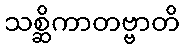
သစ္ဆိကာတဗ္ဗာတိ